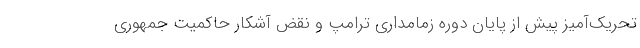
تحریک‌آمیز پیش از پایان دوره زمامداری ترامپ و نقض آشکار حاکمیت جمهوری